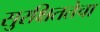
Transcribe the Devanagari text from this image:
सुरक्षिततेचा